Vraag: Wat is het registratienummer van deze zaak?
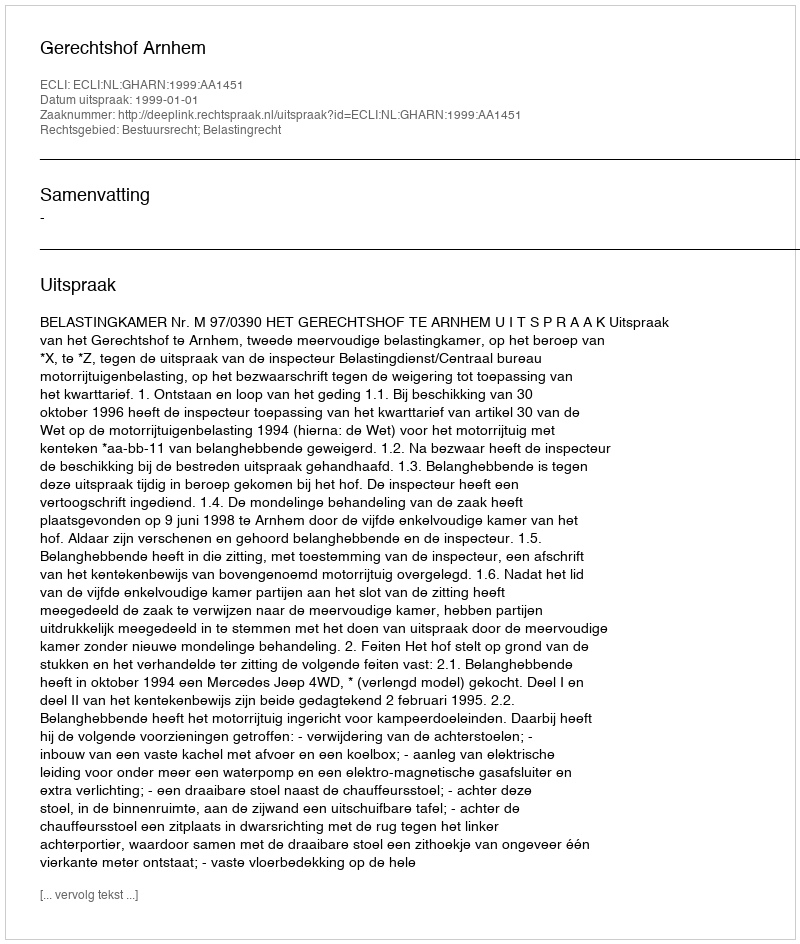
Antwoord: http://deeplink.rechtspraak.nl/uitspraak?id=ECLI:NL:GHARN:1999:AA1451